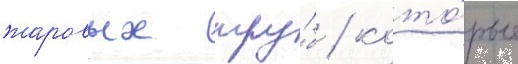
жаровых тру́б / кото́рые